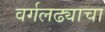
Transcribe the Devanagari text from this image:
वर्गलढ्याचा